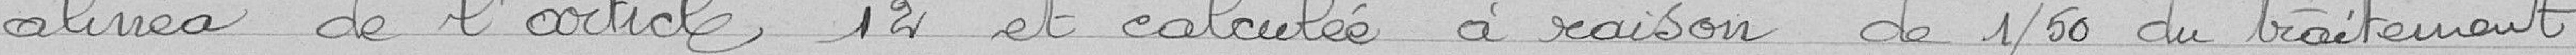
alinéa de l'article 12 et calculée à raison de 1/50 du traitement